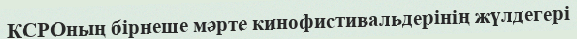
КСРОның бірнеше мәрте кинофистивальдерінің жүлдегері